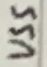
Text: VSS